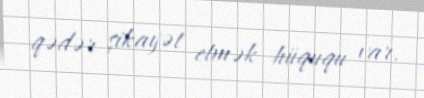
qədər şikayət etmək hüququ var.